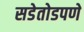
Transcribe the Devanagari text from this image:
सडेतोडपणे